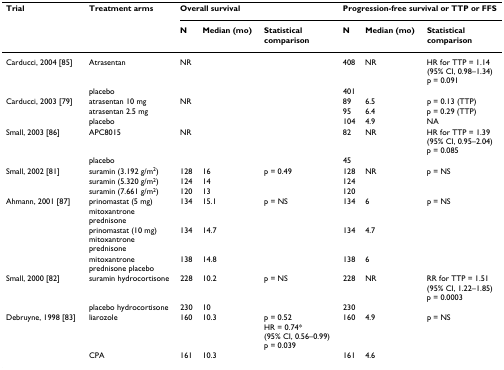
<table><thead><tr><td><b>Trial</b></td><td><b>Treatment arms</b></td><td colspan="3"><b>Overall survival</b></td><td colspan="3"><b>Progression-free survival or TTP or FFS</b></td></tr><tr><td></td><td></td><td><b>N</b></td><td><b>Median (mo)</b></td><td><b>Statistical comparison</b></td><td><b>N</b></td><td><b>Median (mo)</b></td><td><b>Statistical comparison</b></td></tr></thead><tbody><tr><td>Carducci, 2004 [85]</td><td>Atrasentan</td><td colspan="3">NR</td><td>408</td><td>NR</td><td>HR for TTP = 1.14 (95% CI, 0.98–1.34) p = 0.091</td></tr><tr><td></td><td>placebo</td><td></td><td></td><td></td><td>401</td><td></td><td></td></tr><tr><td>Carducci, 2003 [79]</td><td>atrasentan 10 mg</td><td colspan="3">NR</td><td>89</td><td>6.5</td><td>p = 0.13 (TTP)</td></tr><tr><td></td><td>atrasentan 2.5 mg</td><td></td><td></td><td></td><td>95</td><td>6.4</td><td>p = 0.29 (TTP)</td></tr><tr><td></td><td>placebo</td><td></td><td></td><td></td><td>104</td><td>4.9</td><td>NA</td></tr><tr><td>Small, 2003 [86]</td><td>APC8015</td><td colspan="3">NR</td><td>82</td><td>NR</td><td>HR for TTP = 1.39 (95% CI, 0.95–2.04) p = 0.085</td></tr><tr><td></td><td>placebo</td><td></td><td></td><td></td><td>45</td><td></td><td></td></tr><tr><td>Small, 2002 [81]</td><td>suramin (3.192 g/m<sup>2</sup>)</td><td>128</td><td>16</td><td>p = 0.49</td><td>128</td><td>NR</td><td>p = NS</td></tr><tr><td></td><td>suramin (5.320 g/m<sup>2</sup>)</td><td>124</td><td>14</td><td></td><td>124</td><td></td><td></td></tr><tr><td></td><td>suramin (7.661 g/m<sup>2</sup>)</td><td>120</td><td>13</td><td></td><td>120</td><td></td><td></td></tr><tr><td>Ahmann, 2001 [87]</td><td>prinomastat (5 mg) mitoxantrone prednisone</td><td>134</td><td>15.1</td><td>p = NS</td><td>134</td><td>6</td><td>p = NS</td></tr><tr><td></td><td>prinomastat (10 mg) mitoxantrone prednisone</td><td>134</td><td>14.7</td><td></td><td>134</td><td>4.7</td><td></td></tr><tr><td></td><td>mitoxantrone prednisone placebo</td><td>138</td><td>14.8</td><td></td><td>138</td><td>6</td><td></td></tr><tr><td>Small, 2000 [82]</td><td>suramin hydrocortisone</td><td>228</td><td>10.2</td><td>p = NS</td><td>228</td><td>NR</td><td>RR for TTP = 1.51 (95% CI, 1.22–1.85) p = 0.0003</td></tr><tr><td></td><td>placebo hydrocortisone</td><td>230</td><td>10</td><td></td><td>230</td><td></td><td></td></tr><tr><td>Debruyne, 1998 [83]</td><td>liarozole</td><td>160</td><td>10.3</td><td>p = 0.52 HR = 0.74* (95% CI, 0.56–0.99) p = 0.039</td><td>160</td><td>4.9</td><td>p = NS</td></tr><tr><td></td><td>CPA</td><td>161</td><td>10.3</td><td></td><td>161</td><td>4.6</td><td></td></tr></tbody></table>